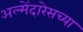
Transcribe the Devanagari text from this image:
अल्मेंदारेसच्या